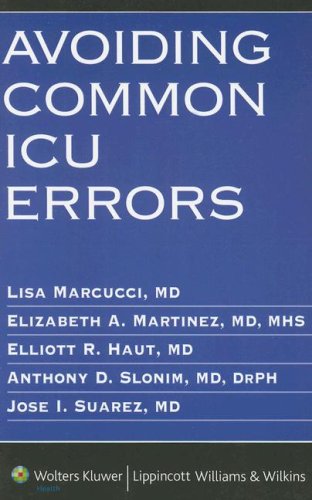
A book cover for Avoiding Common ICU Errors; Medical Books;